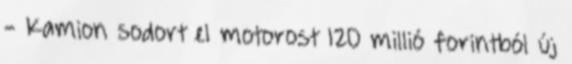
- Kamion sodort el motorost 120 millió forintból új